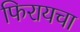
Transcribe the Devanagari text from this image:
फिरायचा